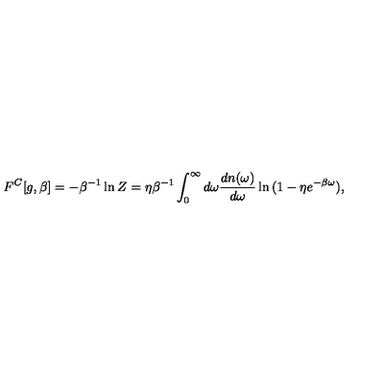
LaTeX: F ^ { C } [ g , \beta ] = - \beta ^ { - 1 } \ln Z = \eta \beta ^ { - 1 } \int _ { 0 } ^ { \infty } d \omega { \frac { d n ( \omega ) } { d \omega } } \ln { ( 1 - \eta e ^ { - \beta \omega } ) } ,